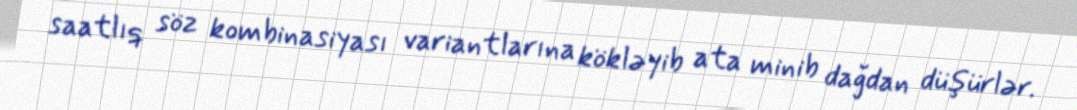
saatlıq söz kombinasiyası variantlarına kökləyib ata minib dağdan düşürlər.